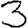
Digit: 3